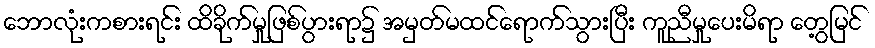
ဘောလုံးကစားရင်း ထိခိုက်မှုဖြစ်ပွားရာ၌ အမှတ်မထင်ရောက်သွားပြီး ကူညီမှုပေးမိရာ တွေ့မြင်